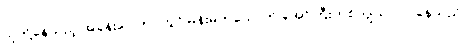
သူတို့နေသည့် အခန်းပေါက်ဝတွင် မိန်းမတယောက် အော်ကြီးဟစ်ကျယ် လုပ်နေသည်။